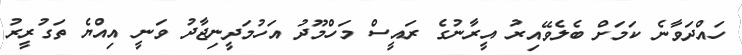
ހައްދަވާނެ ކަމަށް ބެލެވޭއިރު އީރާނުގެ ރައީސް މަހްމޫދު އަހުމަދީނިޖާދު ވަނީ އިއްޔެ ތަގުރީރު